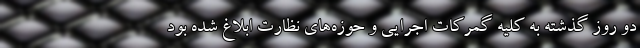
دو روز گذشته به کلیه گمرکات اجرایی و حوزه‌های نظارت ابلاغ شده بود